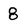
Character: 8